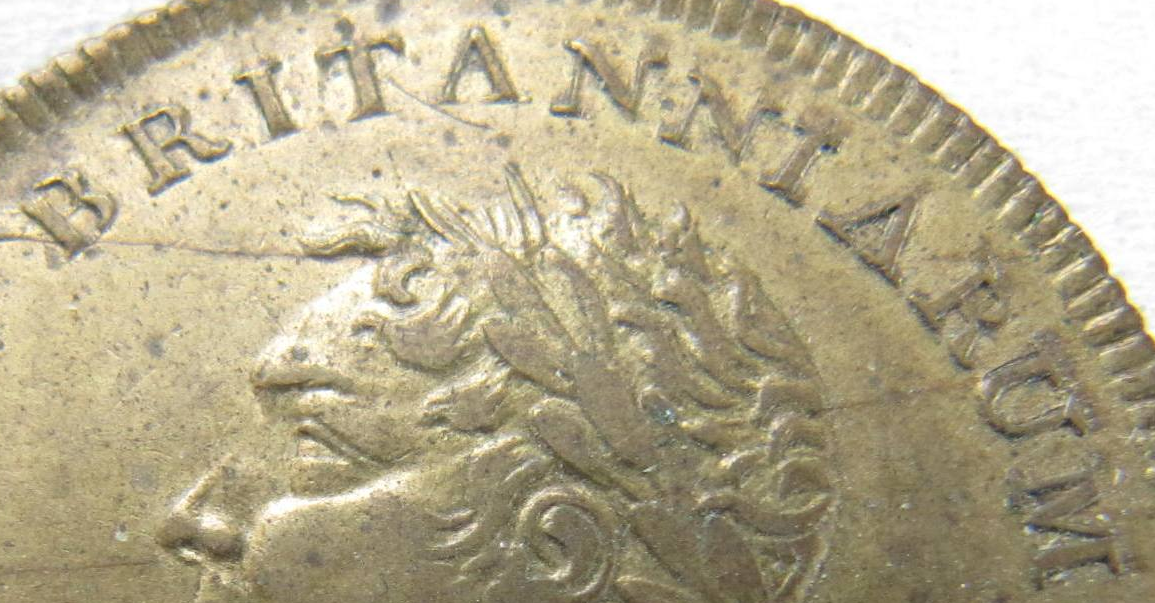
BRITANNIARUM